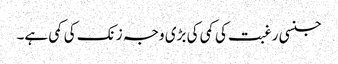
جنسی رغبت کی کمی کی بڑی وجہ زنک کی کمی ہے۔